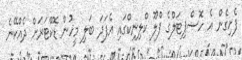
ފެށިގެން އެ ހޮސްޕިޓަލްގެ ފްލޫ ކްލިނިކްގައި އެފަދަ ބަލި މީހުން ޑޮކްޓަރަށް ދެެއްކޭނެ